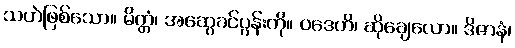
သဟဲဖြစ်သော။ မိတ္တံ၊ အဆွေခင်ပွန်းကို။ ဝဒေဟိ၊ ဆိုချေလော။ ဒိဇာနံ၊